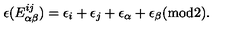
\epsilon ( E _ { \alpha \beta } ^ { i j } ) = \epsilon _ { i } + \epsilon _ { j } + \epsilon _ { \alpha } + \epsilon _ { \beta } ( \mathrm { m o d 2 } ) .